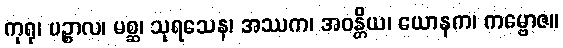
ကုရု၊ ပဉ္စာလ၊ မစ္ဆ၊ သုရသေန၊ အဿက၊ အဝန္တိယ၊ ယောနက၊ ကမ္ဗောဇ။